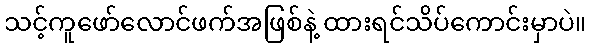
သင့်ကူဖော်လောင်ဖက်အဖြစ်နဲ့ ထားရင်သိပ်ကောင်းမှာပဲ။